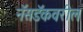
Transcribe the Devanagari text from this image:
नॅसडॅकवरील